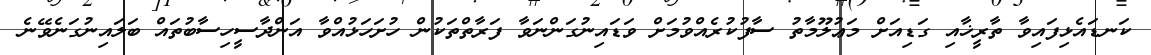
ކަނޑައެޅިފައިވާ ތާރީޚާއި ގަޑިއަށް މަޢުލޫމާތު ސާފުކުރެއްވުމަށް ވަޑައިނުގަންނަވާ ފަރާތްތަކުން ހުށަހަޅުއްވާ އަންދާސީހިސާބުތައް ބަލައިނުގަނެވޭނެ